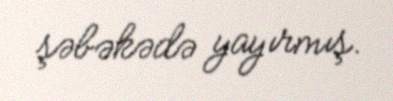
şəbəkədə yayırmış.